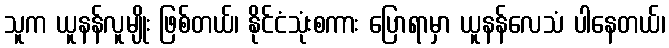
သူက ယူနန်လူမျိုး ဖြစ်တယ်၊ နိုင်ငံသုံးစကား ပြောရာမှာ ယူနန်လေသံ ပါနေတယ်၊